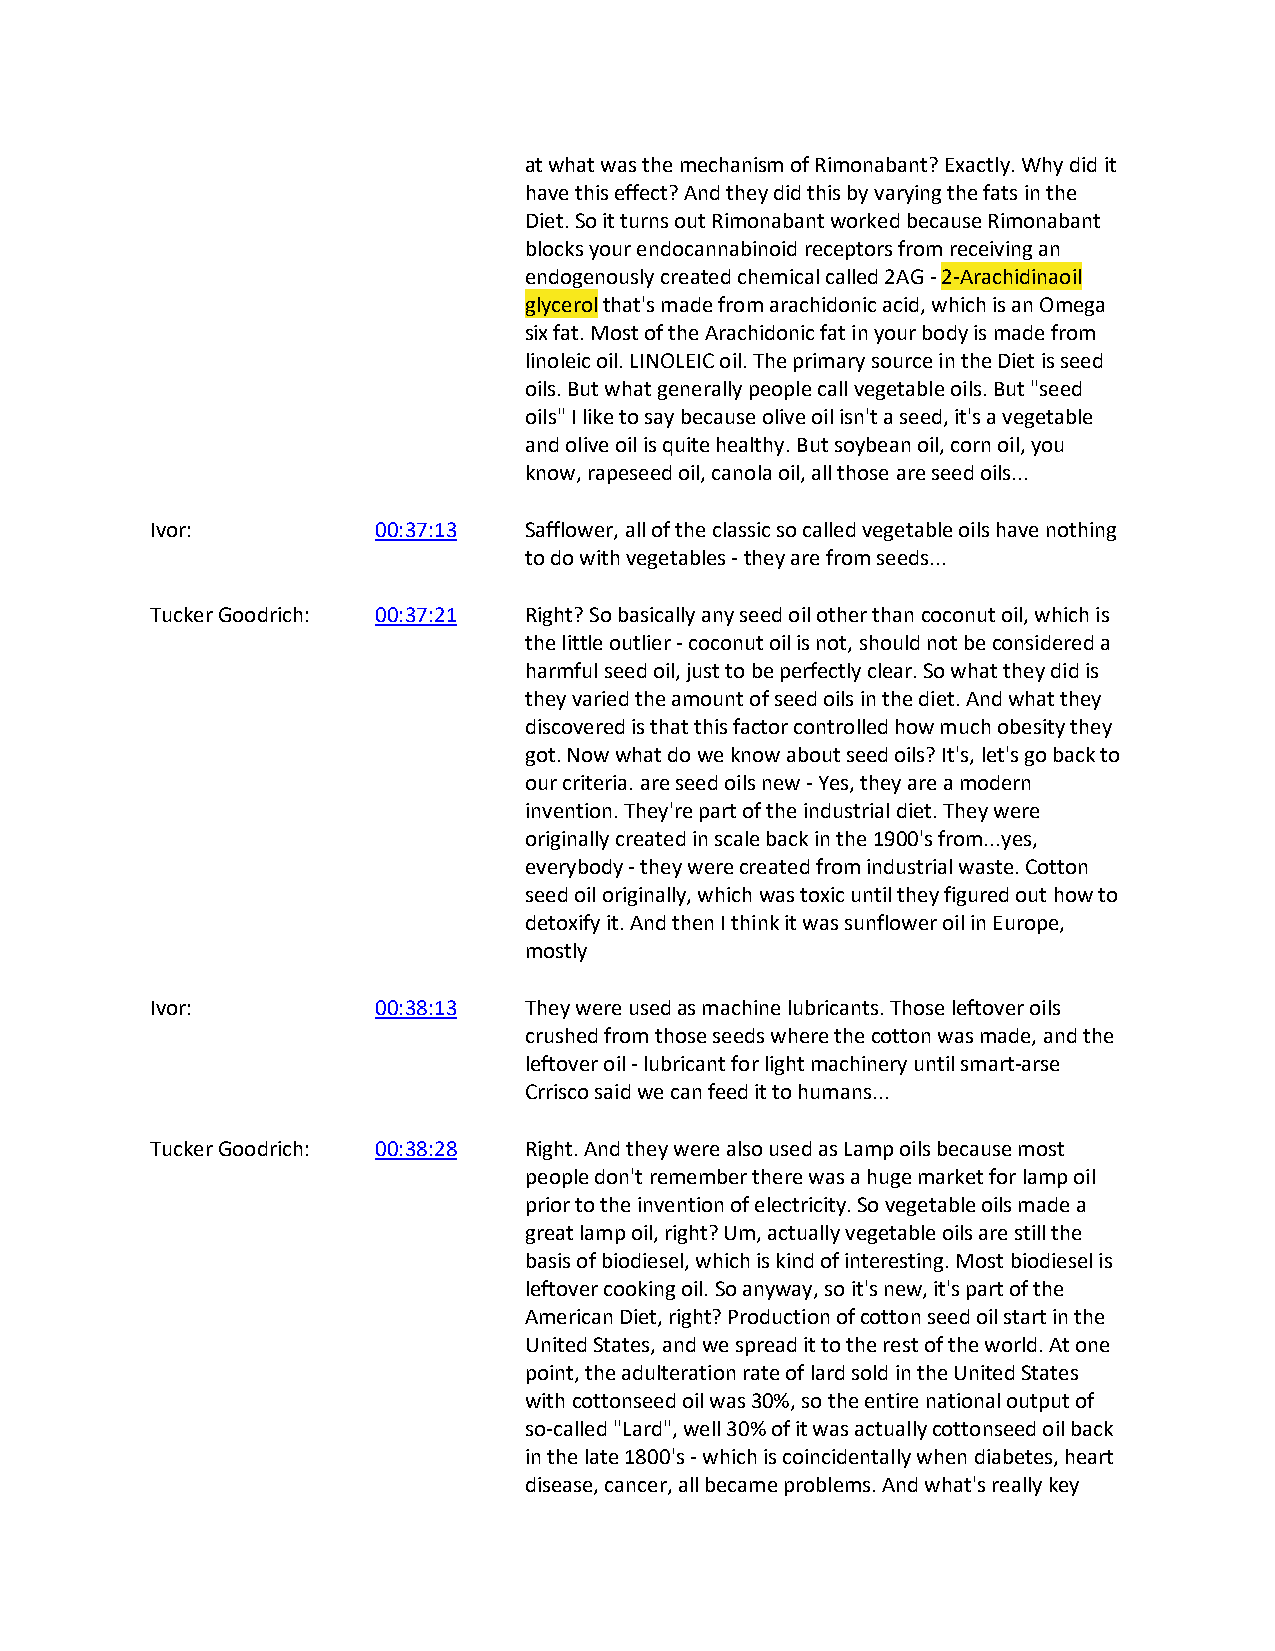
at what was the mechanism of Rimonabant? Exactly. Why did it
 have this effect? And they did this by varying the fats in the
 Diet. So it turns out Rimonabant worked because Rimonabant
 blocks your endocannabinoid receptors from receiving an
 endogenously created chemical called 2AG - 2-Arachidinaoil
 glycerol that's made from arachidonic acid, which is an Omega
 six fat. Most of the Arachidonic fat in your body is made from
 linoleic oil. LINOLEIC oil. The primary source in the Diet is seed
 oils. But what generally people call vegetable oils. But "seed
 oils" I like to say because olive oil isn't a seed, it's a vegetable
 and olive oil is quite healthy. But soybean oil, corn oil, you
 know, rapeseed oil, canola oil, all those are seed oils...
 Ivor:          00:37:13  Safflower, all of the classic so called vegetable oils have nothing
 to do with vegetables - they are from seeds...
 Tucker Goodrich: 00:37:21 Right? So basically any seed oil other than coconut oil, which is
 the little outlier - coconut oil is not, should not be considered a
 harmful seed oil, just to be perfectly clear. So what they did is
 they varied the amount of seed oils in the diet. And what they
 discovered is that this factor controlled how much obesity they
 got. Now what do we know about seed oils? It's, let's go back to
 our criteria. are seed oils new - Yes, they are a modern
 invention. They're part of the industrial diet. They were
 originally created in scale back in the 1900's from...yes,
 everybody - they were created from industrial waste. Cotton
 seed oil originally, which was toxic until they figured out how to
 detoxify it. And then I think it was sunflower oil in Europe,
 mostly
 Ivor:          00:38:13  They were used as machine lubricants. Those leftover oils
 crushed from those seeds where the cotton was made, and the
 leftover oil - lubricant for light machinery until smart-arse
 Crrisco said we can feed it to humans...
 Tucker Goodrich: 00:38:28 Right. And they were also used as Lamp oils because most
 people don't remember there was a huge market for lamp oil
 prior to the invention of electricity. So vegetable oils made a
 great lamp oil, right? Um, actually vegetable oils are still the
 basis of biodiesel, which is kind of interesting. Most biodiesel is
 leftover cooking oil. So anyway, so it's new, it's part of the
 American Diet, right? Production of cotton seed oil start in the
 United States, and we spread it to the rest of the world. At one
 point, the adulteration rate of lard sold in the United States
 with cottonseed oil was 30%, so the entire national output of
 so-called "Lard", well 30% of it was actually cottonseed oil back
 in the late 1800's - which is coincidentally when diabetes, heart
 disease, cancer, all became problems. And what's really key